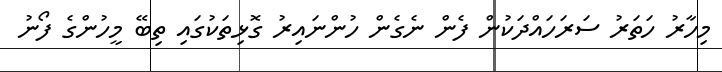
މިހާރު ހަތަރު ސަރަހައްދަކުން ފެން ނެެގެން ހުންނައިރު ގޮޅިތަކުގައި ތިބޭ މީހުންގެ ފޯނު